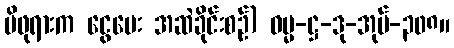
မိဖုရားက ငွေပေး အဆဲခိုင်းစဉ်) ဓမ္မ-ဋ္ဌ-ဒု-အုပ်-၃၀၈။